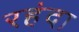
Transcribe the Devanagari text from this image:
रहंदा